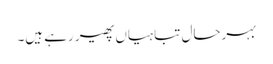
بہرحال تباہیاں پھیر رہے ہیں۔